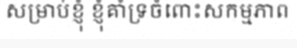
សម្រាប់ខ្ញុំ ខ្ញុំគាំទ្រចំពោះសកម្មភាព